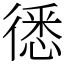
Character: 㣰